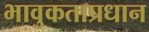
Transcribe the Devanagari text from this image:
भावुकताप्रधान